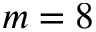
m = 8